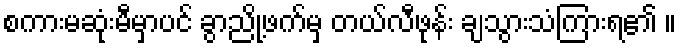
စကားမဆုံးမီမှာပင် ခွာညို့ဖက်မှ တယ်လီဖုန်း ချသွားသံကြားရ၏ ။